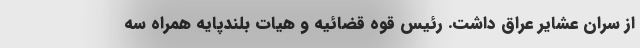
از سران عشایر عراق داشت. رئیس قوه قضائیه و هیات بلندپایه همراه سه